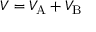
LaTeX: V = V _ { \mathrm { { A } } } + V _ { \mathrm { { B } } }